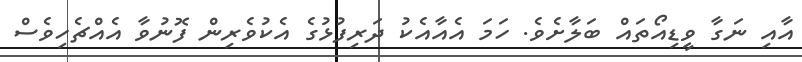
އާއި ނަގާ ވީޑިއޯތައް ބަލާށެވެ. ހަމަ އެއާއެކު ދަރިފުޅުގެ އެކުވެރިން ފޮނުވާ އެއްޗެހިވެސް